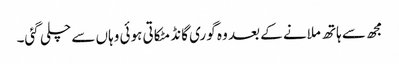
مجھ سے ہاتھ ملانے کے بعد وہ گوری گانڈ مٹکاتی ہوئی وہاں سے چلی گئی۔